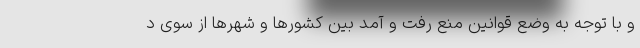
و با توجه به وضع قوانین منع رفت و آمد بین کشورها و شهرها از سوی د